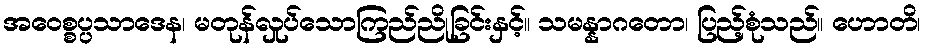
အဝေစ္စပ္ပသာဒေန၊ မတုန်လှုပ်သောကြည်ညိုခြင်းနှင့်။ သမန္နာဂတော၊ ပြည့်စုံသည်။ ဟောတိ၊